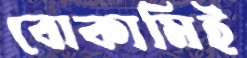
বোকামিই